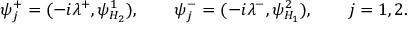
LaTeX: \psi _ { j } ^ { + } = ( - i \lambda ^ { + } , \psi _ { H _ { 2 } } ^ { 1 } ) , \qquad \psi _ { j } ^ { - } = ( - i \lambda ^ { - } , \psi _ { H _ { 1 } } ^ { 2 } ) , \qquad j = 1 , 2 .